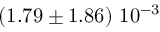
\left( 1 . 7 9 \pm 1 . 8 6 \right) \, 1 0 ^ { - 3 }